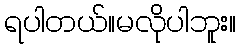
ရပါတယ်။မလိုပါဘူး။